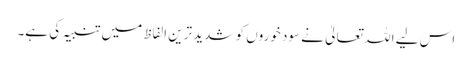
اس لیے اللہ تعالیٰ نے سود خوروں کو شدید ترین الفاظ میں تنبیہ کی ہے۔